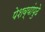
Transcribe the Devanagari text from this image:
पेशव्यांपुढे